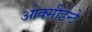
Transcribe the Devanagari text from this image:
ओक्सीडेन्टे